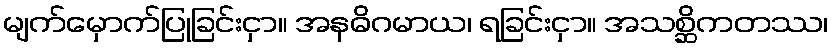
မျက်မှောက်ပြုခြင်းငှာ။ အနဓိဂမာယ၊ ရခြင်းငှာ။ အသစ္ဆိကတဿ၊